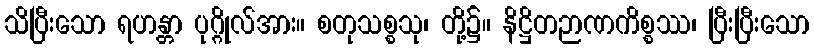
သိပြီးသော ရဟန္တာ ပုဂ္ဂိုလ်အား။ စတုသစ္စသု၊ တို့၌။ နိဋ္ဌိတဉာဏကိစ္စဿ၊ ပြီးပြီးသော